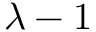
\lambda - 1